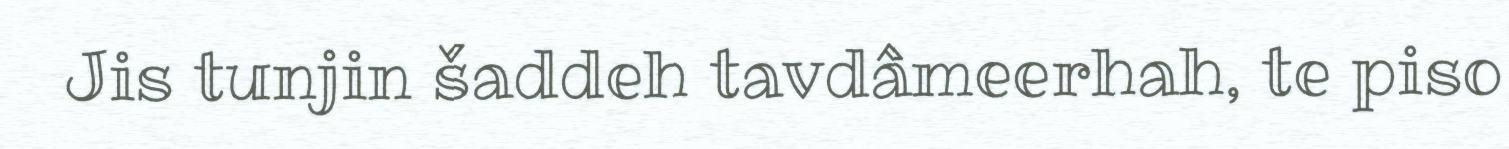
Jis tunjin šaddeh tavdâmeerhah, te piso